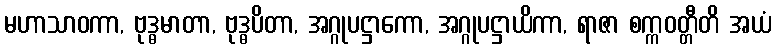
မဟာသာဝကာ, ဗုဒ္ဓမာတာ, ဗုဒ္ဓပိတာ, အဂ္ဂုပဋ္ဌာကော, အဂ္ဂုပဋ္ဌာယိကာ, ရာဇာ စက္ကဝတ္တီတိ အယံ